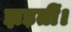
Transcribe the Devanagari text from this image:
झड़तीं।